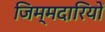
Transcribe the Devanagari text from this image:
जिम्मदारियों